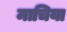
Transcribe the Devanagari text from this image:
माचिया